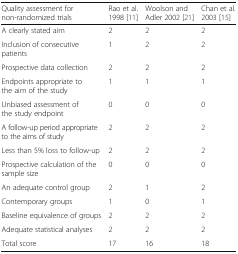
<table><thead><tr><td><b>Quality assessment for non-randomized trials</b></td><td><b>Rao et al. 1998 [11]</b></td><td><b>Woolson and Adler 2002 [21]</b></td><td><b>Chan et al. 2003 [15]</b></td></tr></thead><tbody><tr><td>A clearly stated aim</td><td>2</td><td>2</td><td>2</td></tr><tr><td>Inclusion of consecutive patients</td><td>1</td><td>2</td><td>2</td></tr><tr><td>Prospective data collection</td><td>2</td><td>2</td><td>2</td></tr><tr><td>Endpoints appropriate to the aim of the study</td><td>1</td><td>1</td><td>1</td></tr><tr><td>Unbiased assessment of the study endpoint</td><td>0</td><td>0</td><td>0</td></tr><tr><td>A follow-up period appropriate to the aims of study</td><td>2</td><td>2</td><td>2</td></tr><tr><td>Less than 5% loss to follow-up</td><td>2</td><td>2</td><td>2</td></tr><tr><td>Prospective calculation of the sample size</td><td>0</td><td>0</td><td>0</td></tr><tr><td>An adequate control group</td><td>2</td><td>1</td><td>2</td></tr><tr><td>Contemporary groups</td><td>1</td><td>0</td><td>1</td></tr><tr><td>Baseline equivalence of groups</td><td>2</td><td>2</td><td>2</td></tr><tr><td>Adequate statistical analyses</td><td>2</td><td>2</td><td>2</td></tr><tr><td>Total score</td><td>17</td><td>16</td><td>18</td></tr></tbody></table>